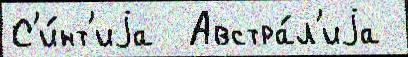
С'и́нт'иjа  Австра́л'иjа